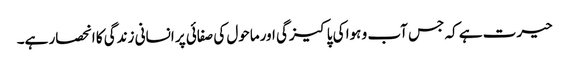
حیرت ہے کہ جس آب و ہوا کی پاکیزگی اورماحول کی صفائی پر انسانی زندگی کا انحصار ہے۔